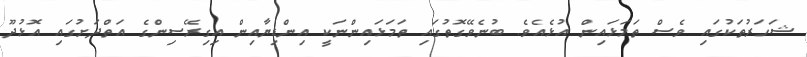
ޝަހަރުތަކުގައި ވެސް ތަމަޅައިން އުޅެއެވެ. ބުނެވޭގޮތުގައި ތަމަޅައިންނަކީ އިންޑިޔާއިން އިގިރޭސިންގެ އަތްދަށުގައި އޮޅުދޫ